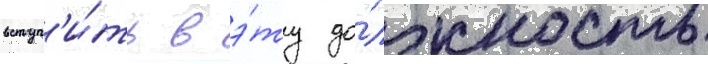
вступ'и́ть в э́ту до́лжность